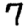
Digit: 7